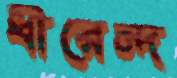
ধীরেন্দ